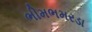
ભીમભમરડા